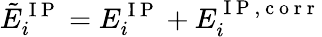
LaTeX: \tilde{E}_{i}^{\mathrm{~I~P~}}=E_{i}^{\mathrm{~I~P~}}+E_{i}^{\mathrm{~I~P~,~c~o~r~r~}}